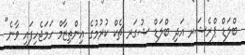
ބްލަޑް ޕްރެޝަރ އަދި ބްލަޑް ޝުގަރ ޗެކް ކުރުމުގެ އިންތިޒާމް ހަމަޖެހިފައި ވާނެ"